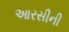
આરસીની